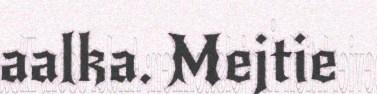
aalka. Mejtie